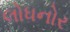
લોધનોર